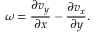
\omega = \frac { \partial v _ { y } } { \partial x } - \frac { \partial v _ { x } } { \partial y } .